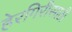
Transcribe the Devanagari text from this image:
हेरगिरीसाठी